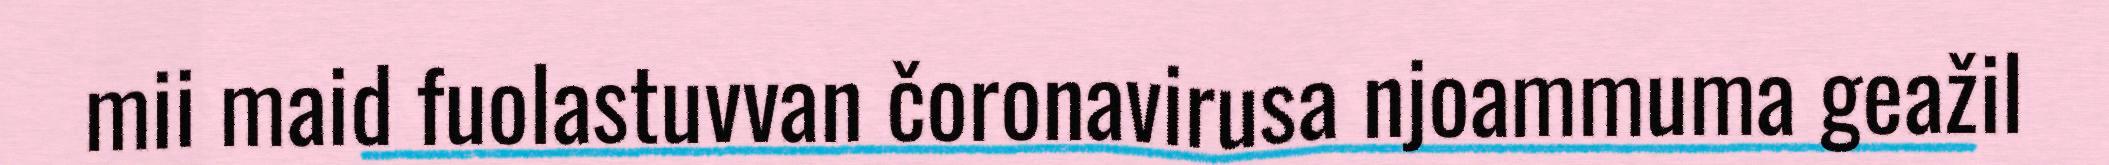
mii maid fuolastuvvan čoronavirusa njoammuma geažil